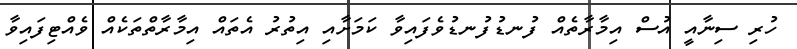
ހުރި ސިނާއީ އުސް އިމާރާތެއް ފުނޑުފުނޑުވެފައިވާ ކަމަށާއި އިތުރު އެތައް އިމާރާތްތަކެއް ވެއްޓިފައިވާ